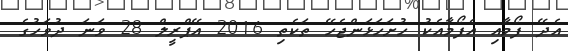
އެދޭ ފޯމާއި އެފޯމާއެކު ހުށަހަޅަންޖެހޭ ތަކެތި 2016 އޭޕްރީލް 28 ވަނަ ދުވަހުގެ